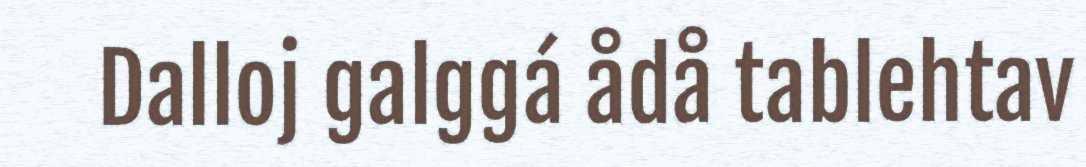
Dalloj galggá ådå tablehtav